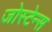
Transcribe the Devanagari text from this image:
जोस्टेन्स